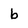
Character: b